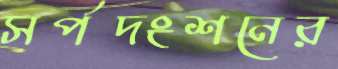
সর্পদংশনের